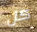
كل